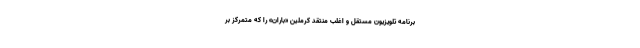
برنامه تلویزیون مستقل و اغلب منتقد کرملین «باران» را که متمرکز بر